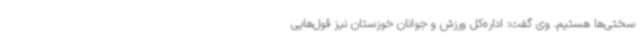
سختی‌ها هستیم. وی گفت: اداره‌کل ورزش و جوانان خوزستان نیز قول‌هایی